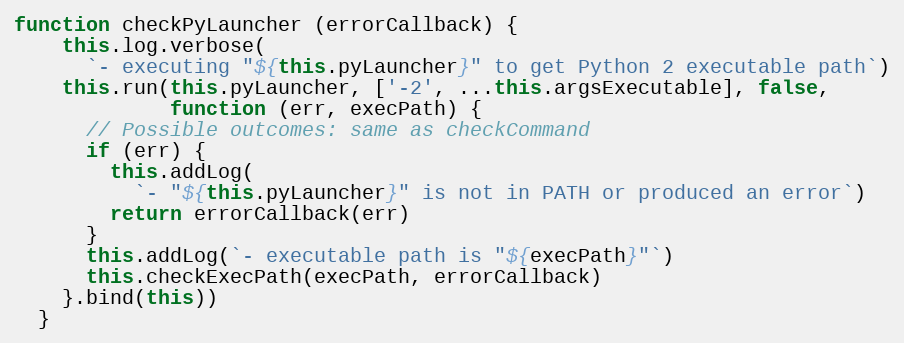
Language: JavaScript
function checkPyLauncher (errorCallback) {
    this.log.verbose(
      `- executing "${this.pyLauncher}" to get Python 2 executable path`)
    this.run(this.pyLauncher, ['-2', ...this.argsExecutable], false,
             function (err, execPath) {
      // Possible outcomes: same as checkCommand
      if (err) {
        this.addLog(
          `- "${this.pyLauncher}" is not in PATH or produced an error`)
        return errorCallback(err)
      }
      this.addLog(`- executable path is "${execPath}"`)
      this.checkExecPath(execPath, errorCallback)
    }.bind(this))
  }